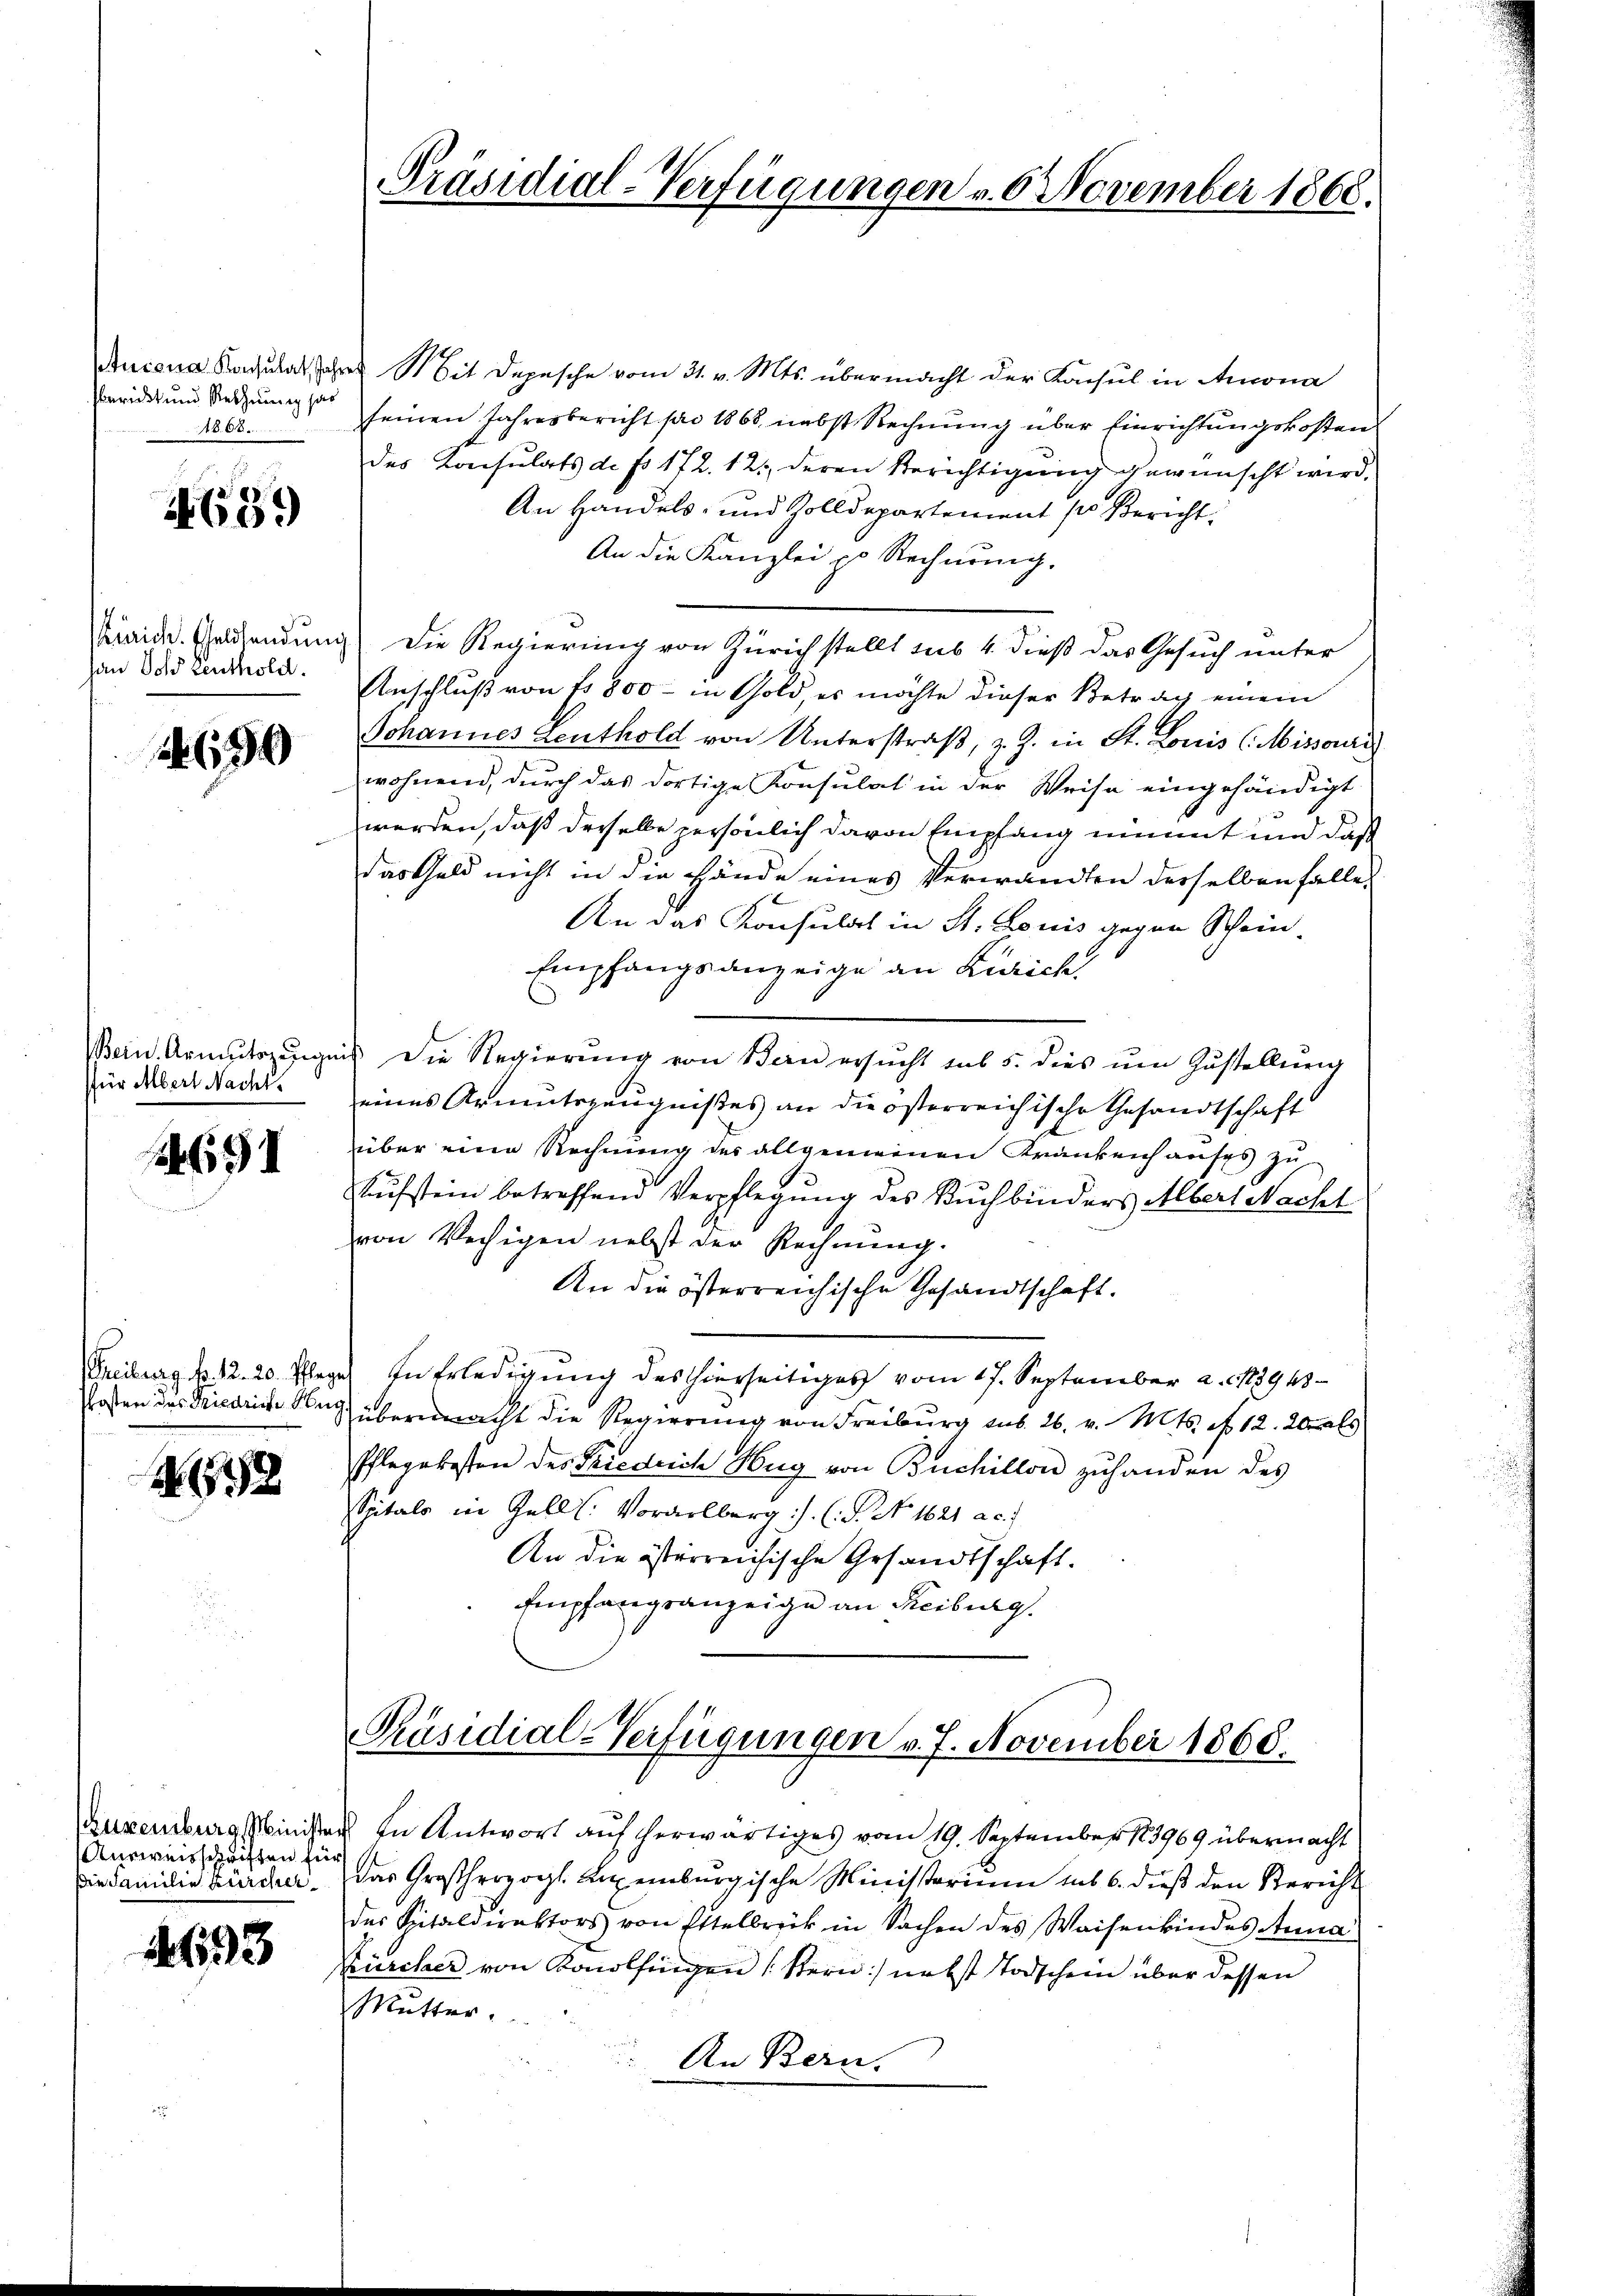
sbericht und Rechnung sas
A8.6.

a
9.)

han Ich Leuthold.

150

Bein Armutszeugni
für Albert Nacht.

4691

Treiburg f. 12. 20. Pfleg

N. 1198

Aneweisschriften für
Die Familie Bürcher¬

4693

Präsidial-Verfügungen v. 6 November 1868.

Aucona Ragulatore Mit Depesche vom 31. v. Mts. übermacht der Konsul in Amona
seinen Jahresbericht pro 1868, nebst Rechnung über Einrichtungskosten
des Konsulats de fr. 172. 121, deren Berichtigung gewünscht wird,
An Handels- und Zolldepartement so Bericht.
An die Kanzlei von Rechnung.
Kraide. Ehelichendung) die Regierung von Zürich stellt sub 4. dieß das Gesuch unter
Anschluß von fr. 800 - in Gold, es möchte dieser Betrag einem
Johannes Leuthold von Unterstraß, z. Z. in St. Louis (Missouri
wohnend, durch das dortige Konsulat in der Weise eingehändigt
werden, daß dieselbe persönlich davon Empfang nimmt und daß
das Geld nicht in die Hände eines Verwandten desselben falle
An das Konsulat in St. Louis gegen Schein-
Empfangsanzeige an Zürich
is die Regierung von Bern ersucht sub 5. dies um Zustellung
eines Armutszeugnißes an die österreichische Gesandtschaft
über eine Rechnung des allgemeinen Krankenhauses zu
Kufstein betreffend Verpflegung des Buchbinders Albert Nacht
von Wechigen nebst der Rechnung.
An die österreichische Gesandtschaft.
In Erledigung des hierseitiges vom 17. September a. . 13948
Posten des Friedriche Weg übermacht die Regierung von Freiburg aus 26. v. Mts. No 12. 20. als
Pflegekosten des Friedrich Herg von Buchillon zuhanden des
Spitals in Gell. Vorarlberg. (S. No. 1621 ac.
An die österreichische Gesandtschaft.
Empfangsanzeige an Reiburg.

Präsidial-Verfügungen v. 7. November 1868.

uxenburg Minister In Antwort auf herwärtiges vom 19. September 183969 übermacht
das Großherzogl. Luxenburgische Ministerium sub 6. dieß den Bericht
des Spitaldirektors von Ettelbrück in Sachen des Waisenkindes Anna
Bürcher von Konolfingen (Stern nebst Todschein über dessen
Mutter.
An Bern.